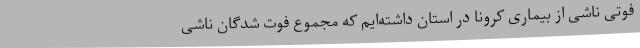
فوتی ناشی از بیماری کرونا در استان داشته‌ایم که مجموع فوت شدگان ناشی